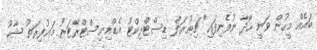
ބައެއް މީހުން ވަނީ ހޯދާ ނުފެނިފައި" ޗިތުރަލް ޑިސްޓްރިކްޓު އެޑްމިނިސްޓްރޭޓަރު މަޣުފިރަތު ޝާހު